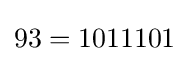
93=1011101